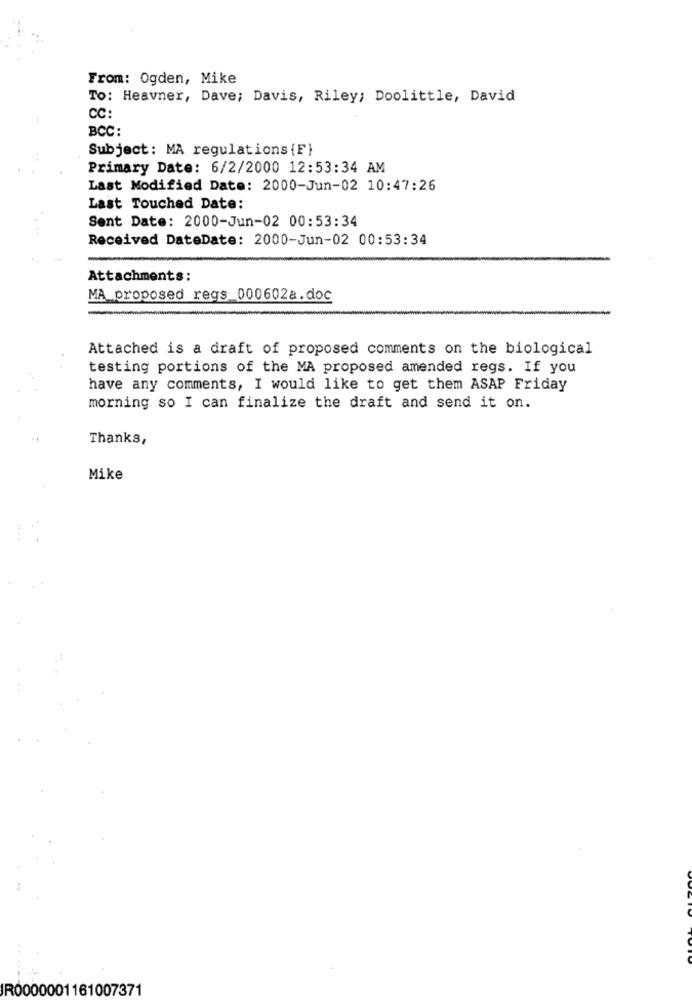
From: Ogden, Mike
To: Heavner, Dave; Davis, Riley; Doolittle, David
CC:
BCC:
Subject: MA regulations {F}
Primary Date: 6/2/2000 12:53:34 AM
Last Modified Date: 2000-Jun-02 10:47:26
Last Touched Date:
Sent Date: 2000-Jun-02 00:53:34
Received DateDate: 2000-Jun-02 00:53:34
Attachments:
MA proposed regs_000602a.doc
Attached is a draft of proposed comments on the biological
testing portions of the MA proposed amended regs. If you
have any comments, I would like to get them ASAP Friday
morning so I can finalize the draft and send it on.
Thanks,
Mike
IR0000001161007371